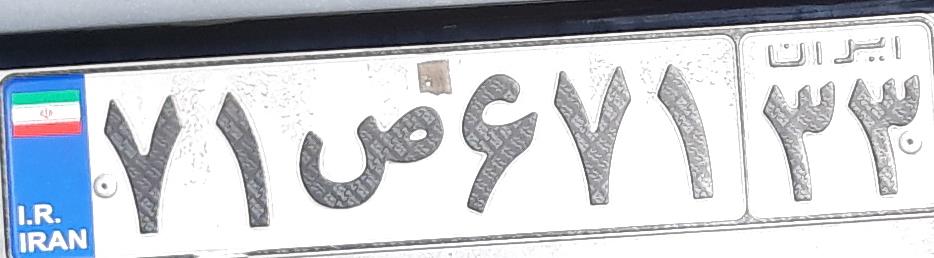
۷۱ص۶۷۱۳۳